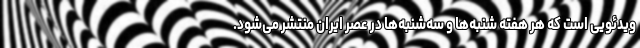
ویدئویی است که هر هفته شنبه‌ها و سه‌شنبه‌ها در عصر ایران منتشر می‌شود.